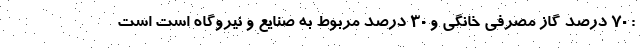
: ۷۰ درصد گاز مصرفی خانگی و ۳۰ درصد مربوط به صنایع و نیروگاه است است